Civil Veterinary Department Bengal reports 1933-51 - 1933-1951
Year: 1933
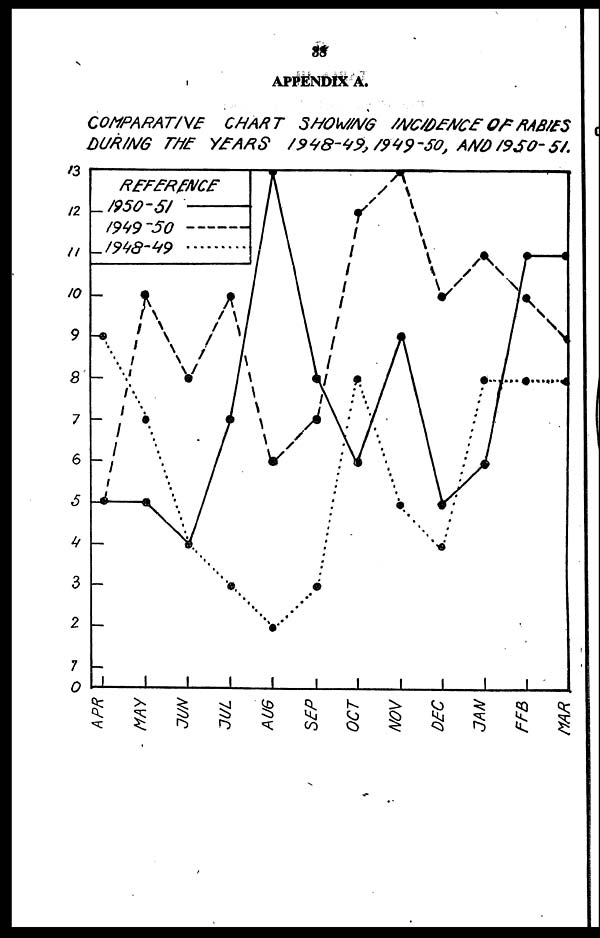
38
APPENDIX A.
COMPARATNE
CHART SH0WING INCIDENCE OF RABIES
DURING THE YEARS 1948-49, 1949-50, AND 1950-51.